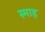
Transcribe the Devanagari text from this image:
स्माह